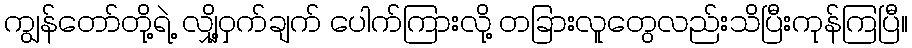
ကျွန်တော်တို့ရဲ့ လျှို့ဝှက်ချက် ပေါက်ကြားလို့ တခြားလူတွေလည်းသိပြီးကုန်ကြပြီ။